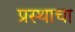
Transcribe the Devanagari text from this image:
प्रस्थाचा